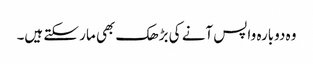
وہ دوبارہ واپس آنے کی بڑھک بھی مار سکتے ہیں۔